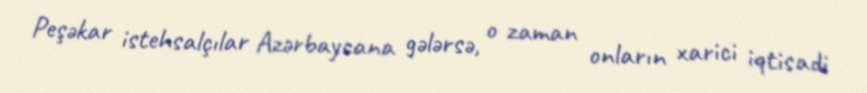
Peşəkar istehsalçılar Azərbaycana gələrsə, o zaman onların xarici iqtisadi